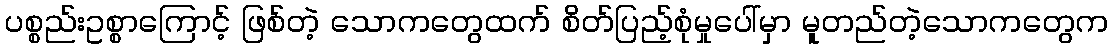
ပစ္စည်းဥစ္စာကြောင့် ဖြစ်တဲ့ သောကတွေထက် စိတ်ပြည့်စုံမှုပေါ်မှာ မူတည်တဲ့သောကတွေက